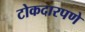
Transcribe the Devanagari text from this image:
टोकदारपणे